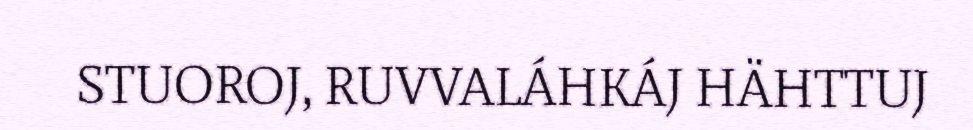
STUOROJ, RUVVALÁHKÁJ HÄHTTUJ